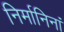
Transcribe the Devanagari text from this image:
निर्मानिनां